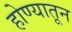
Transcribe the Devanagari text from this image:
होण्यातून